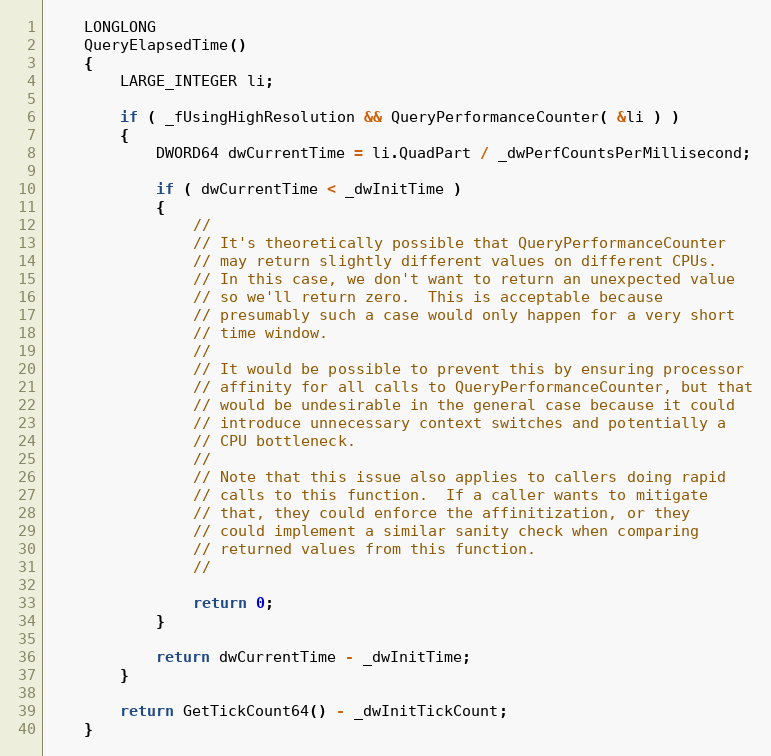
Language: C
    LONGLONG
    QueryElapsedTime()
    {
        LARGE_INTEGER li;

        if ( _fUsingHighResolution && QueryPerformanceCounter( &li ) )
        {
            DWORD64 dwCurrentTime = li.QuadPart / _dwPerfCountsPerMillisecond;

            if ( dwCurrentTime < _dwInitTime )
            {
                //
                // It's theoretically possible that QueryPerformanceCounter
                // may return slightly different values on different CPUs.
                // In this case, we don't want to return an unexpected value
                // so we'll return zero.  This is acceptable because
                // presumably such a case would only happen for a very short
                // time window.
                //
                // It would be possible to prevent this by ensuring processor
                // affinity for all calls to QueryPerformanceCounter, but that
                // would be undesirable in the general case because it could
                // introduce unnecessary context switches and potentially a
                // CPU bottleneck.
                //
                // Note that this issue also applies to callers doing rapid
                // calls to this function.  If a caller wants to mitigate
                // that, they could enforce the affinitization, or they
                // could implement a similar sanity check when comparing
                // returned values from this function.
                //

                return 0;
            }

            return dwCurrentTime - _dwInitTime;
        }

        return GetTickCount64() - _dwInitTickCount;
    }